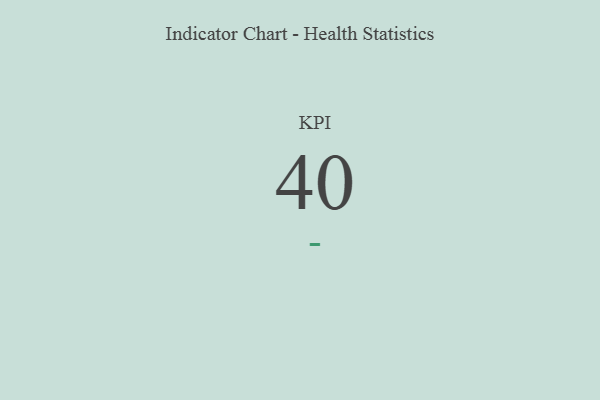
{"axis": {"x": "KPI", "y": "Value"}, "legend": [""], "data": [{"x": "KPI", "y": 40, "type": ""}]}